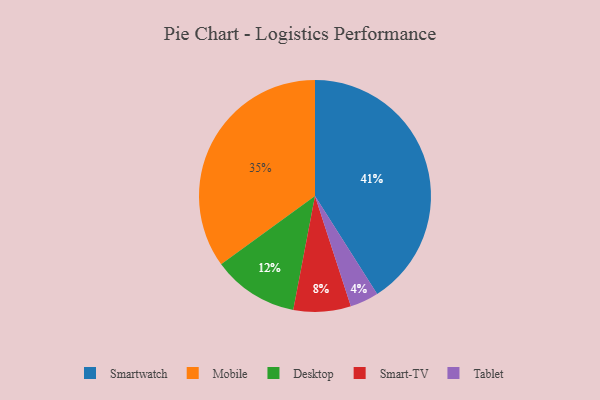
{"axis": {"x": "Category", "y": "Percentage"}, "legend": ["Desktop", "Mobile", "Smart-TV", "Smartwatch", "Tablet"], "data": [{"x": "Tablet", "y": 4, "type": "Tablet"}, {"x": "Desktop", "y": 12, "type": "Desktop"}, {"x": "Smartwatch", "y": 41, "type": "Smartwatch"}, {"x": "Smart-TV", "y": 8, "type": "Smart-TV"}, {"x": "Mobile", "y": 35, "type": "Mobile"}]}